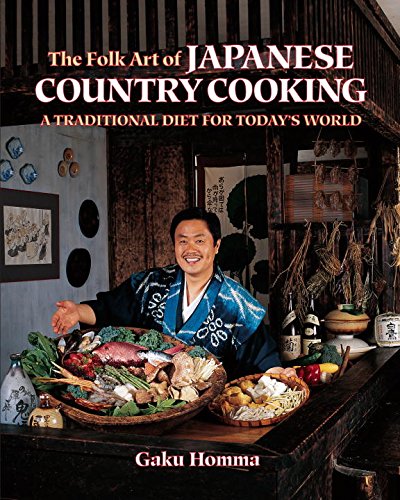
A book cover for The Folk Art of Japanese Country Cooking: A Traditional Diet for Today's World; Gaku Homma; Cookbooks, Food & Wine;